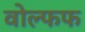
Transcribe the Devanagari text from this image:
वोल्फफ